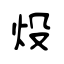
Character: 炈